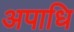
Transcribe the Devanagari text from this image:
अपाधि